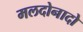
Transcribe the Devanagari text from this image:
मलदोनादो